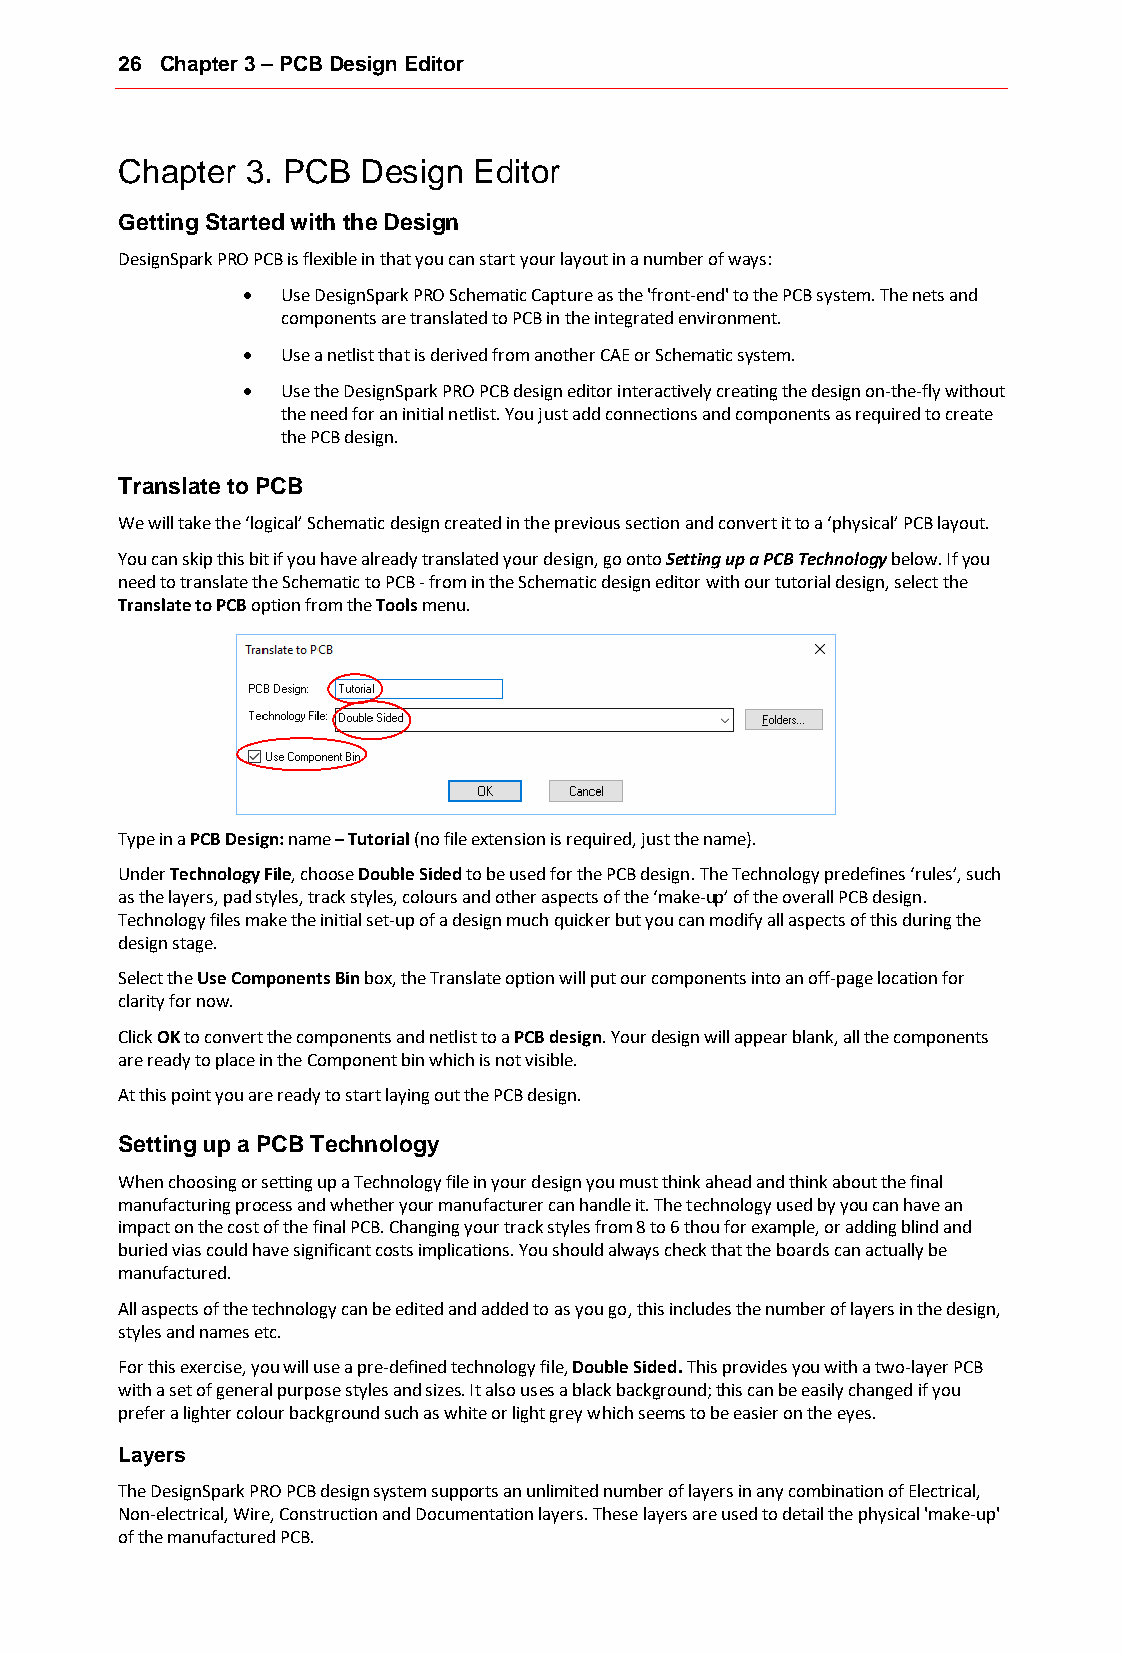
26 Chapter 3 – PCB Design Editor
 Chapter 3. PCB  Design Editor
 Getting Started with the Design
 DesignSpark PRO PCB is flexible in that you can start your layout in a number of ways:
 •  Use DesignSpark PRO Schematic Capture as the 'front-end' to the PCB system. The nets and
 components are translated to PCB in the integrated environment.
 •  Use a netlist that is derived from another CAE or Schematic system.
 •  Use the DesignSpark PRO PCB design editor interactively creating the design on-the-fly without
 the need for an initial netlist. You just add connections and components as required to create
 the PCB design.
 Translate to PCB
 We will take the ‘logical’ Schematic design created in the previous section and convert it to a ‘physical’ PCB layout.
 You can skip this bit if you have already translated your design, go onto Setting up a PCB Technology below. If you
 need to translate the Schematic to PCB - from in the Schematic design editor with our tutorial design, select the
 Translate to PCB option from the Tools menu.
 Type in a PCB Design: name – Tutorial (no file extension is required, just the name).
 Under Technology File, choose Double Sided to be used for the PCB design. The Technology predefines ‘rules’, such
 as the layers, pad styles, track styles, colours and other aspects of the ‘make-up’ of the overall PCB design.
 Technology files make the initial set-up of a design much quicker but you can modify all aspects of this during the
 design stage.
 Select the Use Components Bin box, the Translate option will put our components into an off-page location for
 clarity for now.
 Click OK to convert the components and netlist to a PCB design. Your design will appear blank, all the components
 are ready to place in the Component bin which is not visible.
 At this point you are ready to start laying out the PCB design.
 Setting up a PCB Technology
 When choosing or setting up a Technology file in your design you must think ahead and think about the final
 manufacturing process and whether your manufacturer can handle it. The technology used by you can have an
 impact on the cost of the final PCB. Changing your track styles from 8 to 6 thou for example, or adding blind and
 buried vias could have significant costs implications. You should always check that the boards can actually be
 manufactured.
 All aspects of the technology can be edited and added to as you go, this includes the number of layers in the design,
 styles and names etc.
 For this exercise, you will use a pre-defined technology file, Double Sided. This provides you with a two-layer PCB
 with a set of general purpose styles and sizes. It also uses a black background; this can be easily changed if you
 prefer a lighter colour background such as white or light grey which seems to be easier on the eyes.
 Layers
 The DesignSpark PRO PCB design system supports an unlimited number of layers in any combination of Electrical,
 Non-electrical, Wire, Construction and Documentation layers. These layers are used to detail the physical 'make-up'
 of the manufactured PCB.